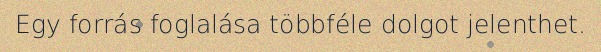
Egy forrás foglalása többféle dolgot jelenthet.